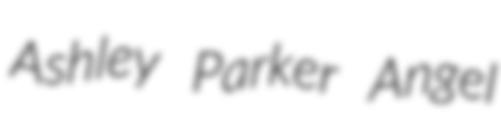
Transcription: Ashley Parker Angel